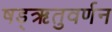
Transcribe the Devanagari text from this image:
षड्‌ऋतुवर्णन